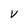
Character: v